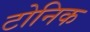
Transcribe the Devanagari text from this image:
टोनिक